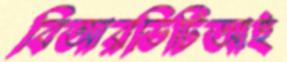
বিআরডিটিআই